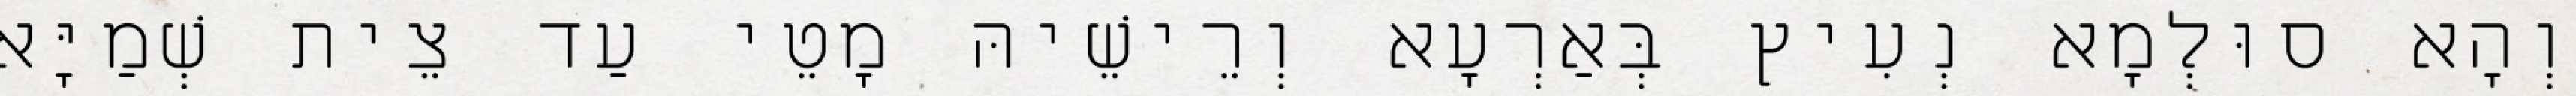
וְהָא סוּלְמָא נְעִיץ בְּאַרְעָא וְרֵישֵׁיהּ מָטֵי עַד צֵית שְׁמַיָּא